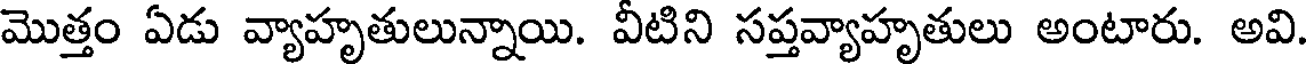
మొత్తం ఏడు వ్యాహృతులున్నాయి. వీటిని సప్తవ్యాహృతులు అంటారు. అవి.